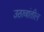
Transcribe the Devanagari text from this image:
उठावांतील